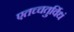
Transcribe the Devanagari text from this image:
एतच्चतुर्विधं